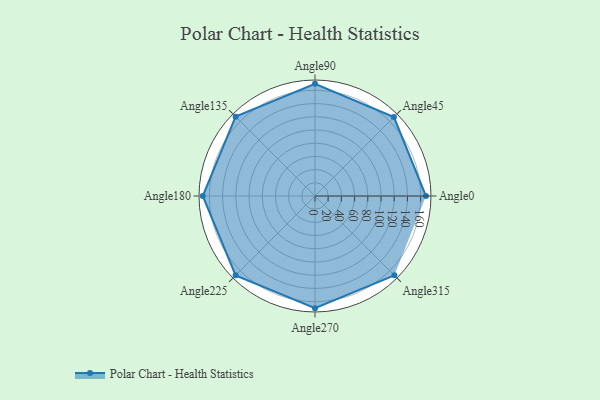
{"axis": {"x": "Angle", "y": "Radius"}, "legend": [""], "data": [{"x": "Angle0", "y": 168.0, "type": ""}, {"x": "Angle45", "y": 169.0, "type": ""}, {"x": "Angle90", "y": 170, "type": ""}, {"x": "Angle135", "y": 170, "type": ""}, {"x": "Angle180", "y": 170, "type": ""}, {"x": "Angle225", "y": 170, "type": ""}, {"x": "Angle270", "y": 170, "type": ""}, {"x": "Angle315", "y": 170, "type": ""}]}